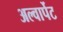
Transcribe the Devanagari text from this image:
अल्वार्पेट